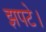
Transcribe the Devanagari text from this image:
झपटे।